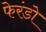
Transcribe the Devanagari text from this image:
फेरंडो